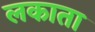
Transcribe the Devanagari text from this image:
लकाता